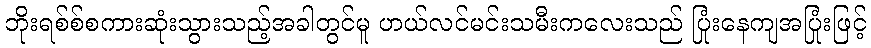
ဘိုးရစ်စ်စကားဆုံးသွားသည့်အခါတွင်မူ ဟယ်လင်မင်းသမီးကလေးသည် ပြုံးနေကျအပြုံးဖြင့်